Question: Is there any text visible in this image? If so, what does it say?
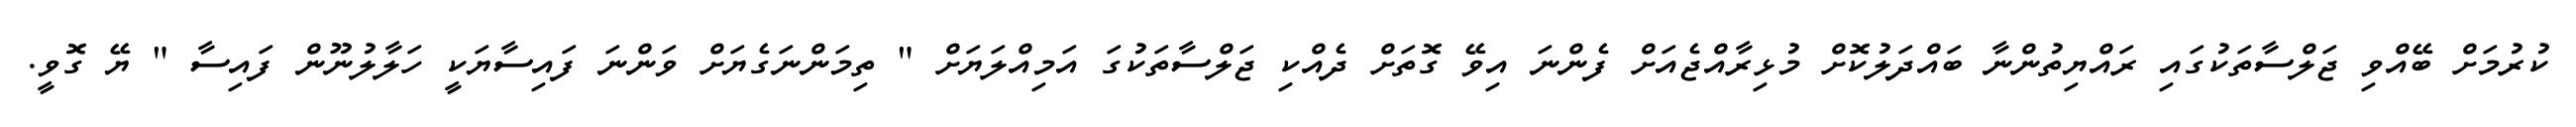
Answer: ކުރުމަށް ބޭއްވި ޖަލްސާތަކުގައި ރައްޔިތުންނާ ބައްދަލުކޮށް މުޅިރާއްޖެއަށް ފެންނަ އިވޭ ގޮތަށް ދެއްކި ޖަލްސާތަކުގަ އަމިއްލަޔަށް " ތިމަންނަގެޔަށް ވަންނަ ފައިސާޔަކީ ހަލާލުނޫން ފައިސާ " ޔޭ ގޮވީ.